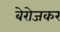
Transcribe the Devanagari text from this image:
बेरोजकर